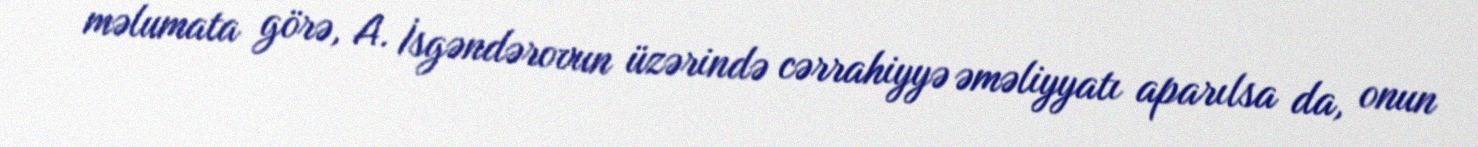
məlumata görə, A. İsgəndərovun üzərində cərrahiyyə əməliyyatı aparılsa da, onun